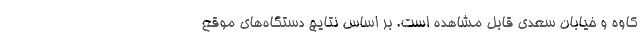
کاوه و خیابان سعدی قابل مشاهده است. بر اساس نتایج دستگاه‌های موقع